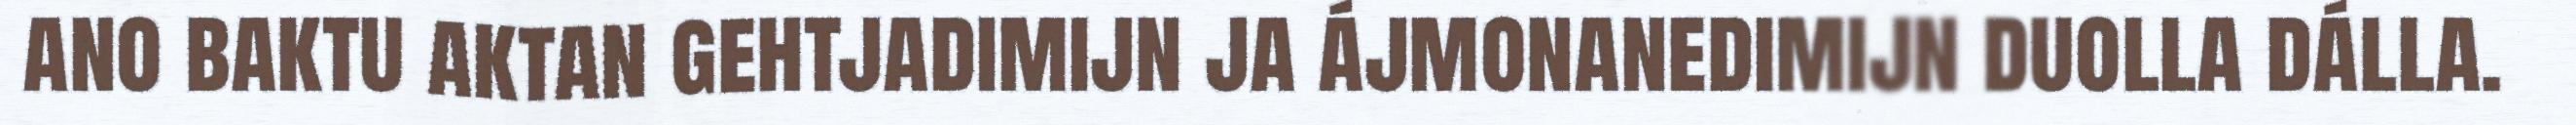
ano baktu aktan gehtjadimijn ja ájmonanedimijn duolla dálla.